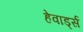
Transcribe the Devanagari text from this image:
हेवार्ड्स